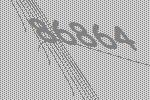
86864